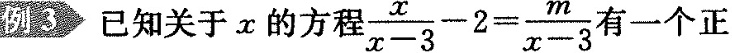
例3 已知关于x的方程 $$\frac { x } { x - 3 } - 2 = \frac { m } { x - 3 }$$ 一个正